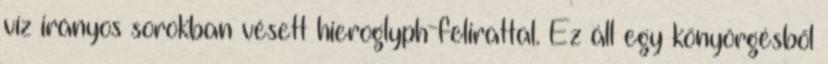
víz irányos sorokban vésett hieroglyph-felirattal. Ez áll egy könyörgésből